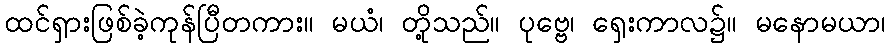
ထင်ရှားဖြစ်ခဲ့ကုန်ပြီတကား။ မယံ၊ တို့သည်။ ပုဗ္ဗေ၊ ရှေးကာလ၌။ မနောမယာ၊